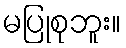
မပြုစုဘူး။